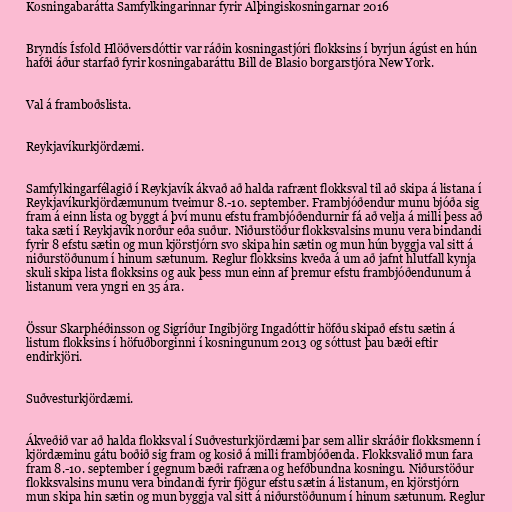
Kosningabarátta Samfylkingarinnar fyrir Alþingiskosningarnar 2016

Bryndís Ísfold Hlöðversdóttir var ráðin kosningastjóri flokksins í byrjun ágúst en hún
hafði áður starfað fyrir kosningabaráttu Bill de Blasio borgarstjóra New York.

Val á framboðslista.

Reykjavíkurkjördæmi.

Samfylkingarfélagið í Reykjavík ákvað að halda rafrænt flokksval til að skipa á listana í
Reykjavíkurkjördæmunum tveimur 8.-10. september. Frambjóðendur munu bjóða sig
fram á einn lista og byggt á því munu efstu frambjóðendurnir fá að velja á milli þess að
taka sæti í Reykjavík norður eða suður. Niðurstöður flokksvalsins munu vera bindandi
fyrir 8 efstu sætin og mun kjörstjórn svo skipa hin sætin og mun hún byggja val sitt á
niðurstöðunum í hinum sætunum. Reglur flokksins kveða á um að jafnt hlutfall kynja
skuli skipa lista flokksins og auk þess mun einn af þremur efstu frambjóðendunum á
listanum vera yngri en 35 ára.

Össur Skarphéðinsson og Sigríður Ingibjörg Ingadóttir höfðu skipað efstu sætin á
listum flokksins í höfuðborginni í kosningunum 2013 og sóttust þau bæði eftir
endirkjöri.

Suðvesturkjördæmi.

Ákveðið var að halda flokksval í Suðvesturkjördæmi þar sem allir skráðir flokksmenn í
kjördæminu gátu boðið sig fram og kosið á milli frambjóðenda. Flokksvalið mun fara
fram 8.-10. september í gegnum bæði rafræna og hefðbundna kosningu. Niðurstöður
flokksvalsins munu vera bindandi fyrir fjögur efstu sætin á listanum, en kjörstjórn
mun skipa hin sætin og mun byggja val sitt á niðurstöðunum í hinum sætunum. Reglur